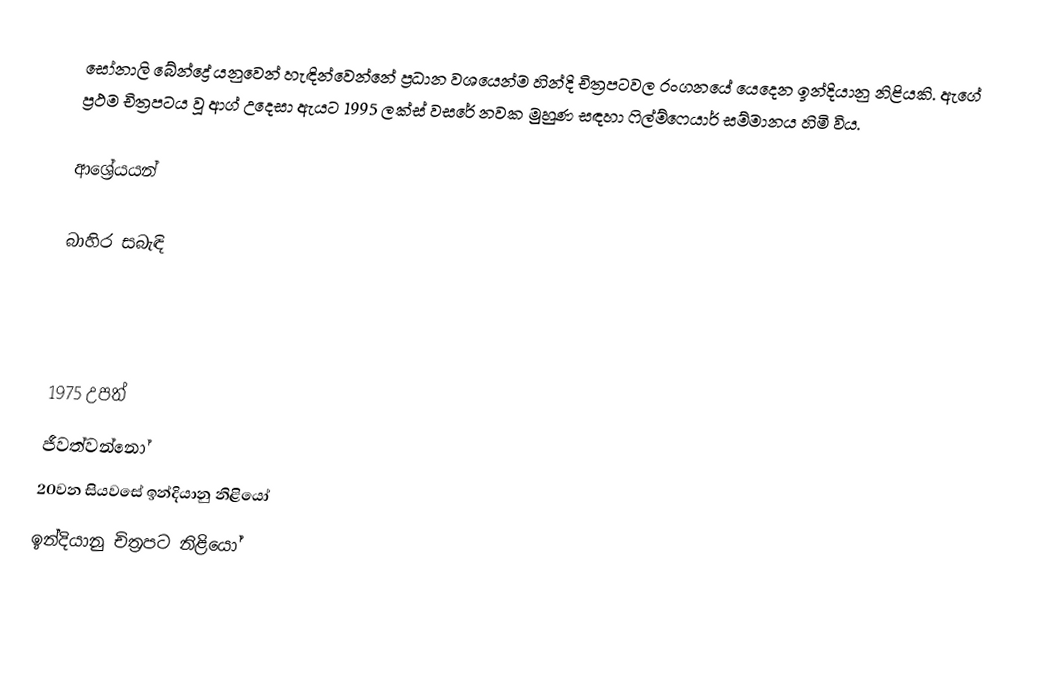
සෝනාලි බේන්ද්‍රේ  යනුවෙන් හැඳින්වෙන්නේ ප්‍රධාන වශයෙන්ම හින්දි චිත්‍රපටවල රංගනයේ යෙදෙන ඉන්දියානු නිළියකි.  ඇගේ ප්‍රථම චිත්‍රපටය වූ ආග් උදෙසා ඇයට 1995 ලක්ස් වසරේ නවක මුහුණ සඳහා ෆිල්ම්ෆෙයාර් සම්මානය හිමි විය.

ආශ්‍රේයයන්

බාහිර සබැඳි

1975 උපත්
ජීවත්වන්නෝ
20වන සියවසේ ඉන්දියානු නිළියෝ
ඉන්දියානු චිත්‍රපට නිළියෝ